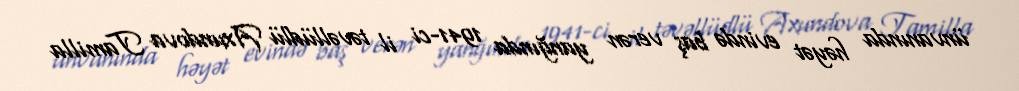
ünvanında həyət evində baş verən yanğında 1941-ci il təvəllüdlü Axundova Tamilla